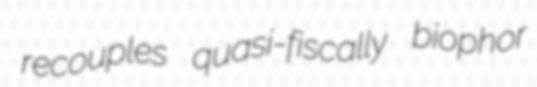
recouples quasi-fiscally biophor